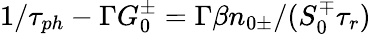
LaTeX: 1/\tau_{ph}-\Gamma G_{0}^{\pm}=\Gamma\beta n_{0\pm}/(S_{0}^{\mp}\tau_{r})